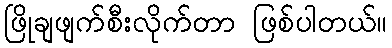
ဖြိုချဖျက်စီးလိုက်တာ ဖြစ်ပါတယ်။